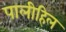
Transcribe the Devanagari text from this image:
पालीहिल